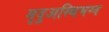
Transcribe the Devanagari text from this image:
मृदुअस्थिभग्न